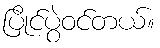
ပြိုင်ပွဲဝင်တယ်။